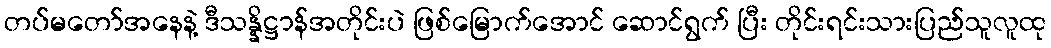
တပ်မတော်အနေနဲ့ ဒီသန္နိဋ္ဌာန်အတိုင်းပဲ ဖြစ်မြောက်အောင် ဆောင်ရွက် ပြီး တိုင်းရင်းသားပြည်သူလူထု